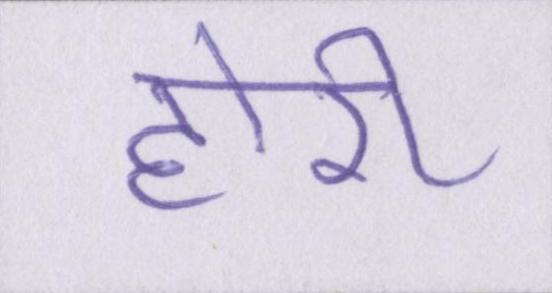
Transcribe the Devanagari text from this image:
होरी